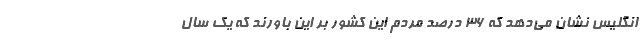
انگلیس نشان می‌دهد که ۳۶ درصد مردم این کشور بر این باورند که یک سال